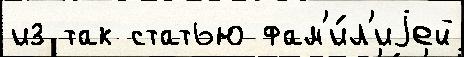
из так статью фам'и́л'иjей